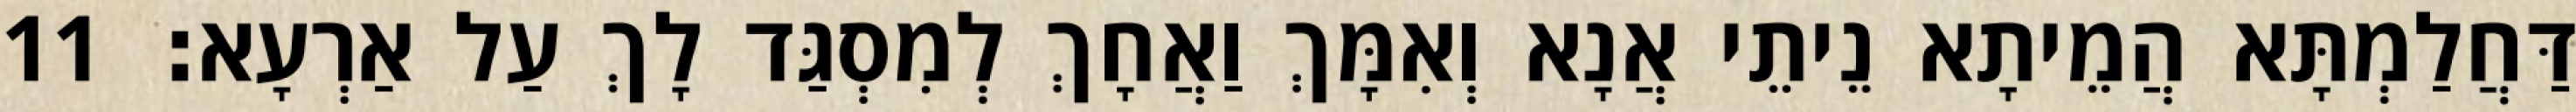
דַּחֲלַמְתָּא הֲמֵיתָא נֵיתֵי אֲנָא וְאִמָּךְ וַאֲחָךְ לְמִסְגַּד לָךְ עַל אַרְעָא׃ 11